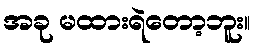
အခု မထားရဲတော့ဘူး။